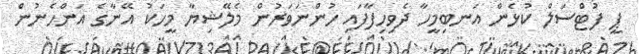
ޕީ ފުޓްސަލް ކުޅެން އަނބިމީހާ ދެވިހިފާފައި ހުންނަވަރުން މެލޭޝިޔާ މީހަކު އޭނާގެ އަންހެނުން